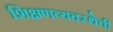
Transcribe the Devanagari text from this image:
शिक्षणव्यवस्थेची